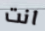
انت